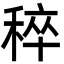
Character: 稡